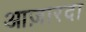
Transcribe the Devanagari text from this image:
आज़ारदा